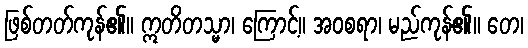
ဖြစ်တတ်ကုန်၏။ ဣတိတသ္မာ၊ ကြောင့်။ အဝစရာ၊ မည်ကုန်၏။ တေ၊